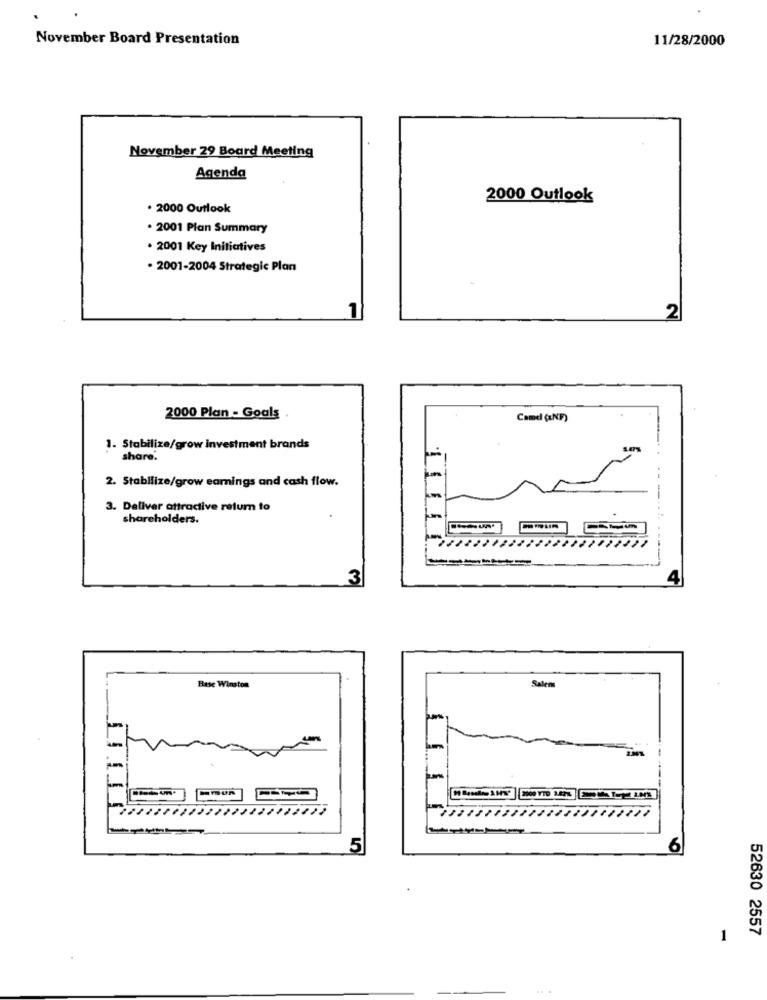
November Board Presentation
11/28/2000
November 29 Board Meeting
Agenda
2000 Outlook
. 2000 Outlook
. 2001 Plan Summary
. 2001 Key Initiatives
· 2001-2004 Strategic Plan
1
2
2000 Plan - Goals
Cand (INF)
1. Stabilize/grow investment brands
share.
2. Stabilize/grow earnings and cash flow.
3. Deliver attractive return to
shareholders.
---....
3
4
Base Winston
Salem
-
5
6
52630 2557
1